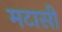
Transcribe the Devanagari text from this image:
मटासी